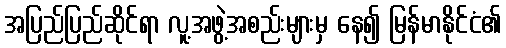
အပြည်ပြည်ဆိုင်ရာ လူ့အဖွဲ့အစည်းများမှ နေ၍ မြန်မာနိုင်ငံ၏